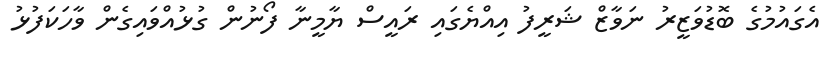
އެގައުމުގެ ބޮޑުވަޒީރު ނަވާޒް ޝަރީފު އިއްޔެގައި ރައީސް ޔާމީނާ ފޯނުން ގުޅުއްވައިގެން ވާހަކަފުޅު